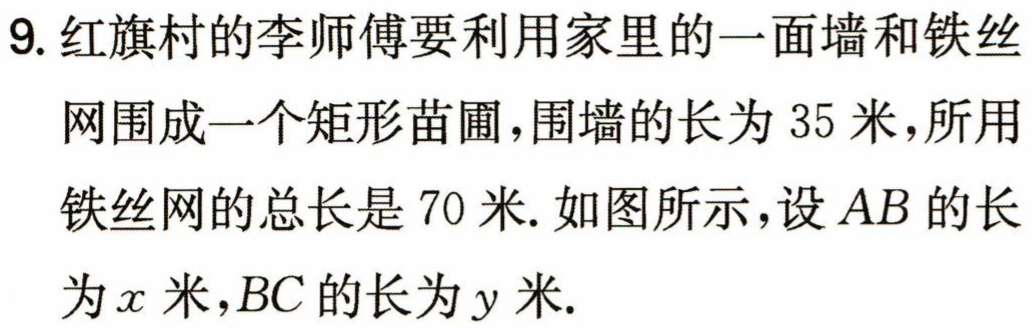
9. 红旗村的李师傅要利用家里的一面墙和铁丝网围成一个矩形苗圃，围墙的长为 35 米，所用铁丝网的总长是 70 米. 如图所示，设 \(AB\) 的长为 \(x\) 米，\(BC\) 的长为 \(y\) 米.